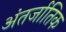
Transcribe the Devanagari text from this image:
अंतर्जातिक